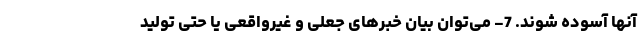
آنها آسوده شوند. 7- می‌توان بیان خبرهای جعلی و غیرواقعی یا حتی تولید